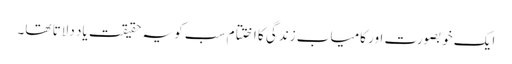
ایک خوبصورت اور کامیاب زندگی کا اختتام سب کو یہ حقیقت یاد دلاتا تھا۔